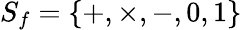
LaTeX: S_{f}=\{ +,\times,-,0,1\}